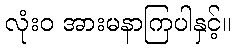
လုံးဝ အားမနာကြပါနှင့်။